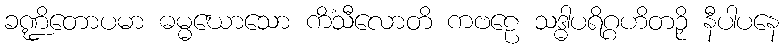
ခဏ္ဍိတောပမာ ဓမ္မဃောသော ကိံသီလောတိ ကဗဠေ သဒ္ဓါပရိဂ္ဂဟိတဉှိ နီပါပနေ